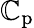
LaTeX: \mathbb{C}_{\mathrm{{p}}}